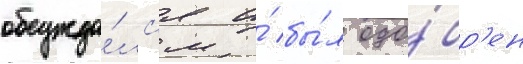
обсужда́лс'я и́ бы́л одо́бр'ен